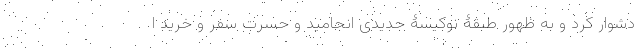
دشوار کرد و به ظهور طبقۀ نوکیسۀ جدیدی انجامید و حسرت سفر و خرید ا